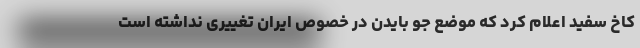
کاخ سفید اعلام کرد که موضع جو بایدن در خصوص ایران تغییری نداشته است